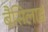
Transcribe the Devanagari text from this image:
बैसिलाई